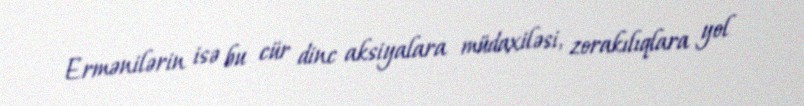
Ermənilərin isə bu cür dinc aksiyalara müdaxiləsi, zorakılıqlara yol